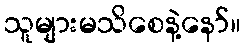
သူများမသိစေနဲ့နော်။